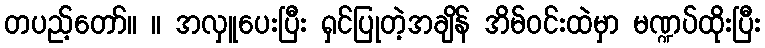
တပည့်တော်။ ။ အလှူပေးပြီး ရှင်ပြုတဲ့အချိန် အိမ်ဝင်းထဲမှာ မဏ္ဍပ်ထိုးပြီး